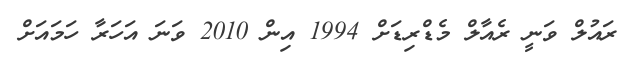
ރައުލް ވަނީ ރެއާލް މެޑްރިޑަށް 1994 އިން 2010 ވަނަ އަހަރާ ހަމައަށް